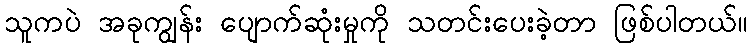
သူကပဲ အခုကျွန်း ပျောက်ဆုံးမှုကို သတင်းပေးခဲ့တာ ဖြစ်ပါတယ်။